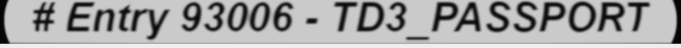
# Entry 93006 - TD3_PASSPORT